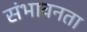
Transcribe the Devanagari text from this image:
संभावनता